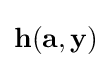
{\textbf {h}}({\textbf {a}},{\textbf {y}})